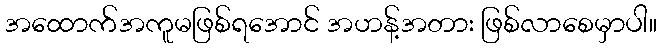
အထောက်အကူမဖြစ်ရအောင် အဟန့်အတား ဖြစ်လာစေမှာပါ။